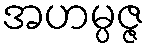
အဟမ္ပဇ္ဇ